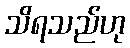
သိရသည်ဟု